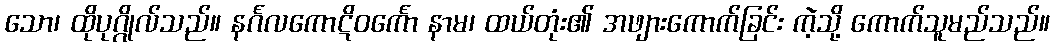
သော၊ ထိုပုဂ္ဂိုလ်သည်။ နင်္ဂလကောဋိဝင်္ကော နာမ၊ ထယ်တုံး၏ အဖျားကောက်ခြင်း ကဲ့သို့ ကောက်သူမည်သည်။